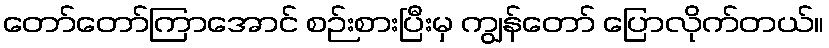
တော်တော်ကြာအောင် စဉ်းစားပြီးမှ ကျွန်တော် ပြောလိုက်တယ်။